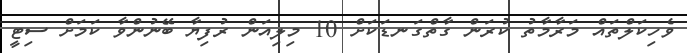
ވެހިކަލްތައް މަރާމާތު ކުރަން ގާތްގަނޑަކަށް 10 މިލިއަން ރުފިޔާ ބޭނުންވާ ކަމަށް ސިޓީ